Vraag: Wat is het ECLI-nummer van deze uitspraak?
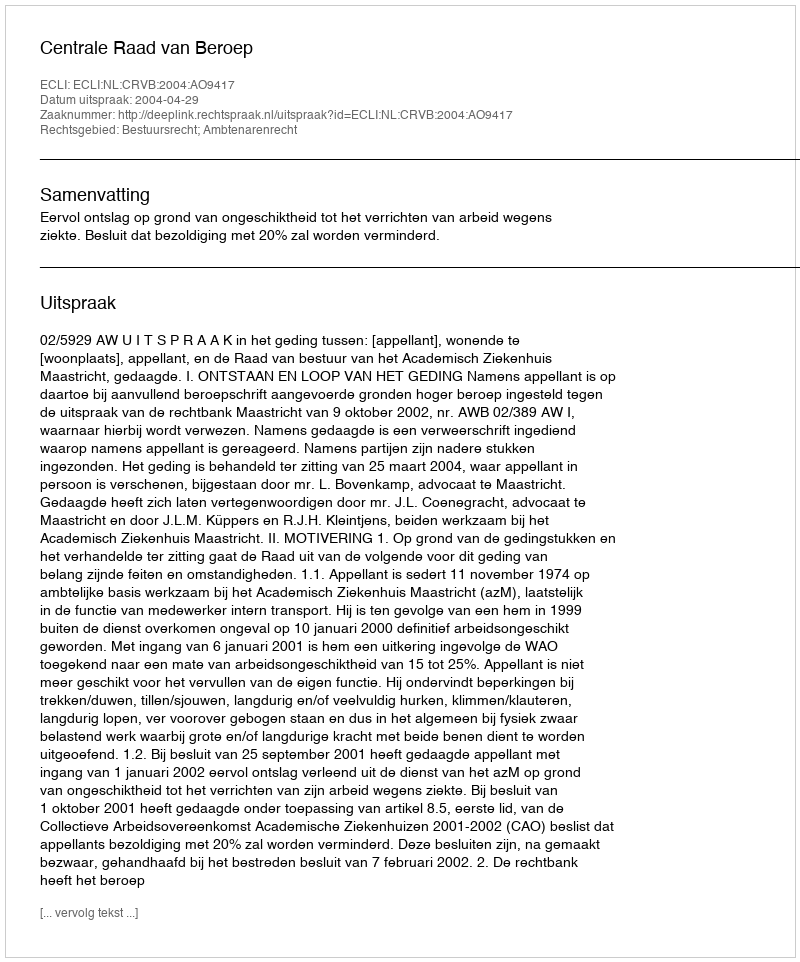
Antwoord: ECLI:NL:CRVB:2004:AO9417